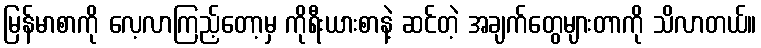
မြန်မာစာကို လေ့လာကြည့်တော့မှ ကိုရီးယားစာနဲ့ ဆင်တဲ့ အချက်တွေများတာကို သိလာတယ်။